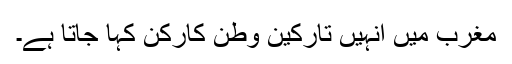
مغرب میں انہیں تارکین وطن کارکن کہا جاتا ہے۔